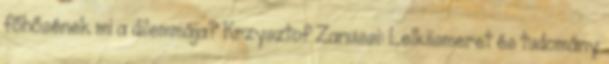
főhősének mi a dilemmája? Krzysztof Zanussi: Lelkiismeret és tudomány